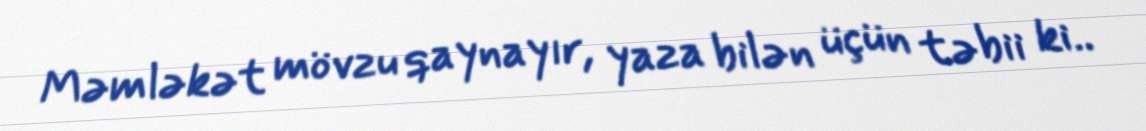
Məmləkət mövzu qaynayır, yaza bilən üçün təbii ki..